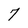
Character: 7